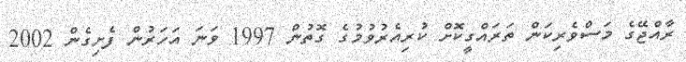
ރާއްޖޭގެ މަސްވެރިކަން ތަރައްގީކޮށް ކުރިއެރުވުމުގެ ގޮތުން 1997 ވަނަ އަހަރުން ފެށިގެން 2002